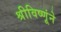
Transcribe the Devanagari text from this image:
श्रीविष्णूंने